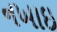
નખાઇ